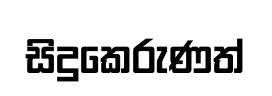
සිදුකෙරුණත්